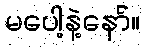
မပေါ့နဲ့နော်။